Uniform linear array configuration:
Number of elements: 32
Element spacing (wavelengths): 0.75
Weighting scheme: uniform
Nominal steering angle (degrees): -60
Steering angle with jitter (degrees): -59.532
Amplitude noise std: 0.05
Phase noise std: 0.05

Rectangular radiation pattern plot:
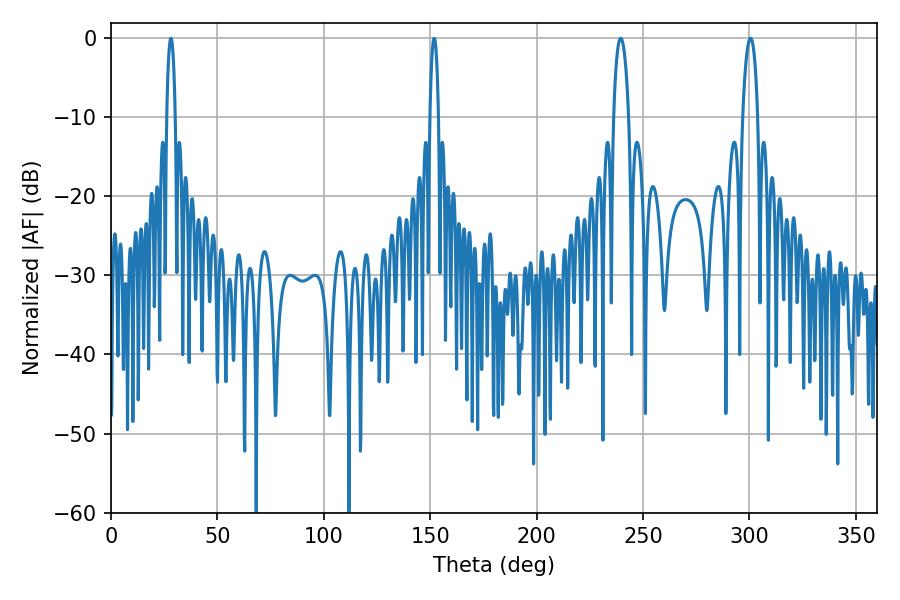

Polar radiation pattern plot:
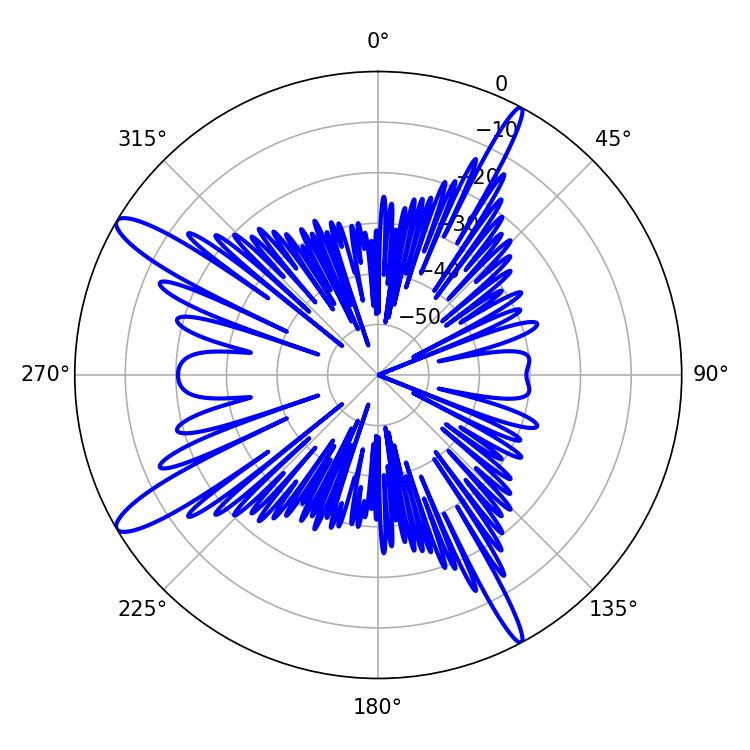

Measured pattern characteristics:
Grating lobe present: TRUE
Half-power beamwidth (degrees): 3.96
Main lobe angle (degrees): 300.42